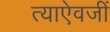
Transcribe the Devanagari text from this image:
त्याऐवजीं